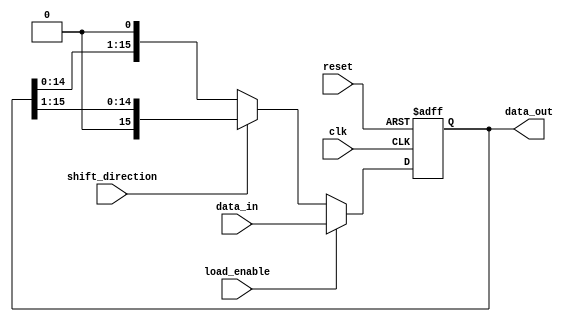
module LogarithmicShiftRegister #(
    parameter WIDTH = 16 // Configurable width (e.g., 8, 16, 32)
)(
    input wire clk,               // Clock signal
    input wire reset,             // Reset signal
    input wire load_enable,       // Load enable signal
    input wire shift_direction,    // Shift direction: 0 for left, 1 for right
    input wire [WIDTH-1:0] data_in, // Data input for parallel load
    output reg [WIDTH-1:0] data_out // Data output
);

// Internal register to hold the current state of the shift register
reg [WIDTH-1:0] shift_reg;

// Logarithmic arithmetic block (placeholder for actual implementation)
function [WIDTH-1:0] logarithmic_operation(input [WIDTH-1:0] data);
    // Example: Placeholder for logarithmic operation
    // This function should implement the desired logarithmic scaling
    logarithmic_operation = data; // No operation for now
endfunction

// Sequential logic for the shift register
always @(posedge clk or posedge reset) begin
    if (reset) begin
        shift_reg <= 0; // Clear the register on reset
    end else if (load_enable) begin
        shift_reg <= data_in; // Load new data
    end else begin
        if (shift_direction == 0) begin
            // Left shift
            shift_reg <= {shift_reg[WIDTH-2:0], 1'b0}; // Shift left and insert 0 at LSB
        end else begin
            // Right shift
            shift_reg <= {1'b0, shift_reg[WIDTH-1:1]}; // Shift right and insert 0 at MSB
        end
    end
end

// Apply logarithmic operation on the shifted data
always @(*) begin
    data_out = logarithmic_operation(shift_reg);
end

endmodule